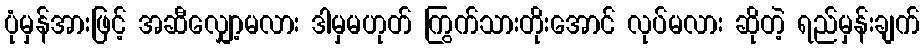
ပုံမှန်အားဖြင့် အဆီလျှော့မလား ဒါမှမဟုတ် ကြွက်သားတိုးအောင် လုပ်မလား ဆိုတဲ့ ရည်မှန်းချက်